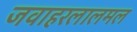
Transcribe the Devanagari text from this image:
जवाहरलालमल